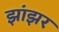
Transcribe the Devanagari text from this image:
झांझर